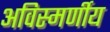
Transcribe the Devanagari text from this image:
अविस्मर्णीय